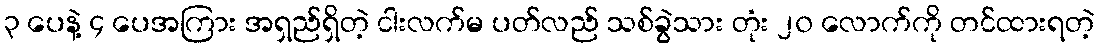
၃ ပေနဲ့ ၄ ပေအကြား အရှည်ရှိတဲ့ ငါးလက်မ ပတ်လည် သစ်ခွဲသား တုံး ၂၀ လောက်ကို တင်ထားရတဲ့